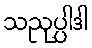
သညုပ္ပါဒါ